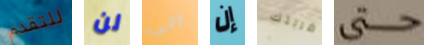
للتقدم لن الى إن ضربتك حتى